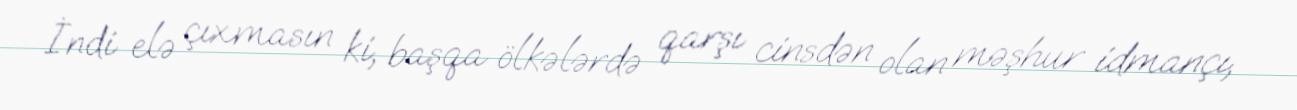
İndi elə çıxmasın ki, başqa ölkələrdə qarşı cinsdən olan məşhur idmançı,